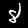
Label: 8